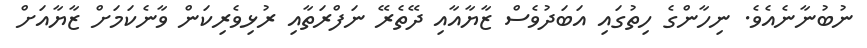
ނުބުނާނެއެވެ. ނިހާންގެ ހިތުގައި އަބަދުވެސް ޒާޔާއާއި ދޭތެރޭ ނަފްރަތާއި ރުޅިވެރިކަން ވާނެކަމަށް ޒާޔާއަށް